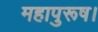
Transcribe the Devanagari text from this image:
महापुरूष।